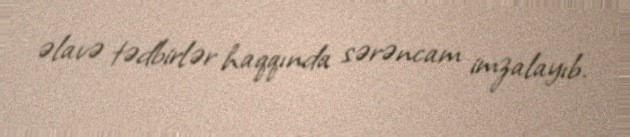
əlavə tədbirlər haqqında sərəncam imzalayıb.